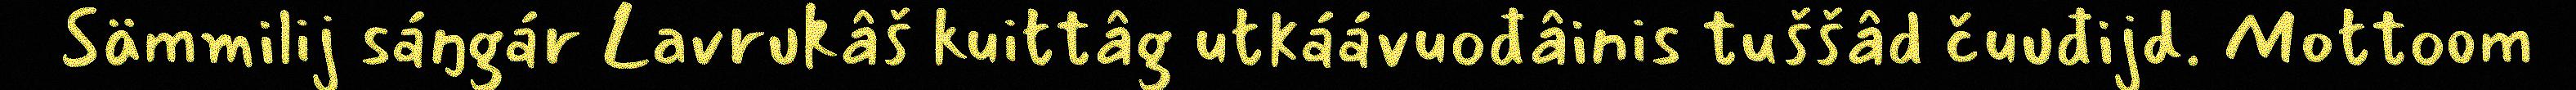
Sämmilij sáŋgár Lavrukâš kuittâg utkáávuođâinis tuššâd čuuđijd. Mottoom